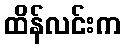
ထိန်လင်းက